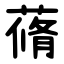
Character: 蓨